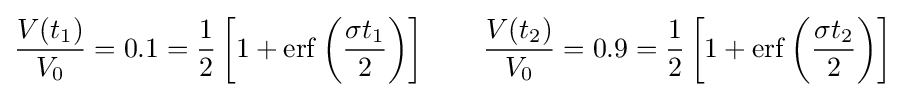
{\frac {V(t_{1})}{V_{0}}}=0.1={\frac {1}{2}}\left[1+\mathrm {erf} \left({\frac {\sigma t_{1}}{2}}\right)\right]\qquad {\frac {V(t_{2})}{V_{0}}}=0.9={\frac {1}{2}}\left[1+\mathrm {erf} \left({\frac {\sigma t_{2}}{2}}\right)\right]